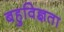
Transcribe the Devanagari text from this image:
बहुविज्ञता